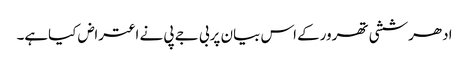
ادھرششی تھرورکے اس بیان پربی جے پی نے اعتراض کیاہے۔